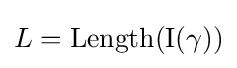
L={\rm {{Length}(I(\gamma ))}}